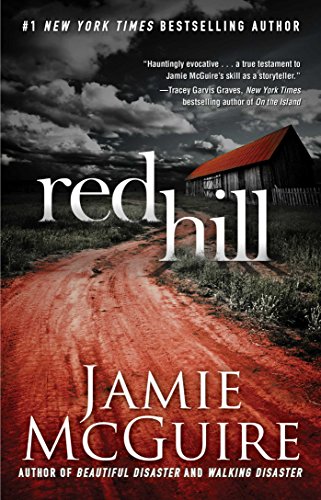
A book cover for Red Hill; Jamie McGuire; Romance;